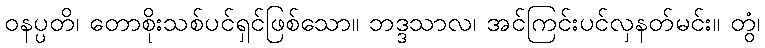
ဝနပ္ပတိ၊ တောစိုးသစ်ပင်ရှင်ဖြစ်သော။ ဘဒ္ဒသာလ၊ အင်ကြင်းပင်လှနတ်မင်း။ တွံ၊